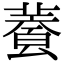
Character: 𩛬